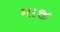
માજી